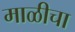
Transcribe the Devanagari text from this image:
माळीचा